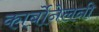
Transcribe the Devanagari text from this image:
कार्बोनेलनी